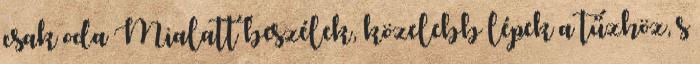
csak oda Mialatt beszélek, közelebb lépek a tűzhöz, s